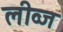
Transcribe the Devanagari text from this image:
लीव्ज